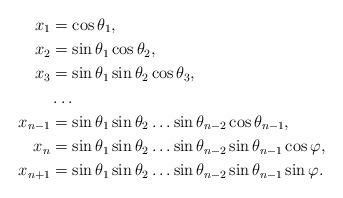
LaTeX: \begin{align*}x_1&=\cos\theta_1,\\x_2&=\sin\theta_1\cos\theta_2,\\x_3&=\sin\theta_1\sin\theta_2\cos\theta_3,\\&\dots\\x_{n-1}&=\sin\theta_1\sin\theta_2\dots\sin\theta_{n-2}\cos\theta_{n-1},\\x_n&=\sin\theta_1\sin\theta_2\dots\sin\theta_{n-2}\sin\theta_{n-1}\cos\varphi,\\x_{n+1}&=\sin\theta_1\sin\theta_2\dots\sin\theta_{n-2}\sin\theta_{n-1}\sin\varphi.\end{align*}